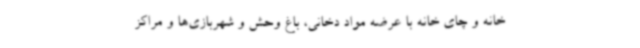
خانه و چای خانه با عرضه مواد دخانی، باغ وحش و شهربازی‌ها و مراکز